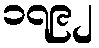
၁၇၉၂